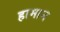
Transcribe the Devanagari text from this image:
हामान